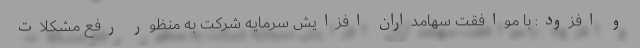
و افزود: با موافقت سهامداران افزايش سرمايه شركت به منظور رفع مشكلات